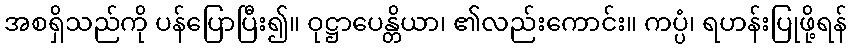
အစရှိသည်ကို ပန်ပြောပြီး၍။ ဝုဋ္ဌာပေန္တိယာ၊ ၏လည်းကောင်း။ ကပ္ပံ၊ ရဟန်းပြုဖို့ရန်